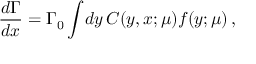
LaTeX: \frac { d \Gamma } { d x } = \Gamma _ { 0 } \int \! d y \, C ( y , x ; \mu ) f ( y ; \mu ) \, ,